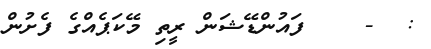
:  -    ފައުންޑޭޝަން ރީތި މޭކަޕެއްގެ ފެށުން